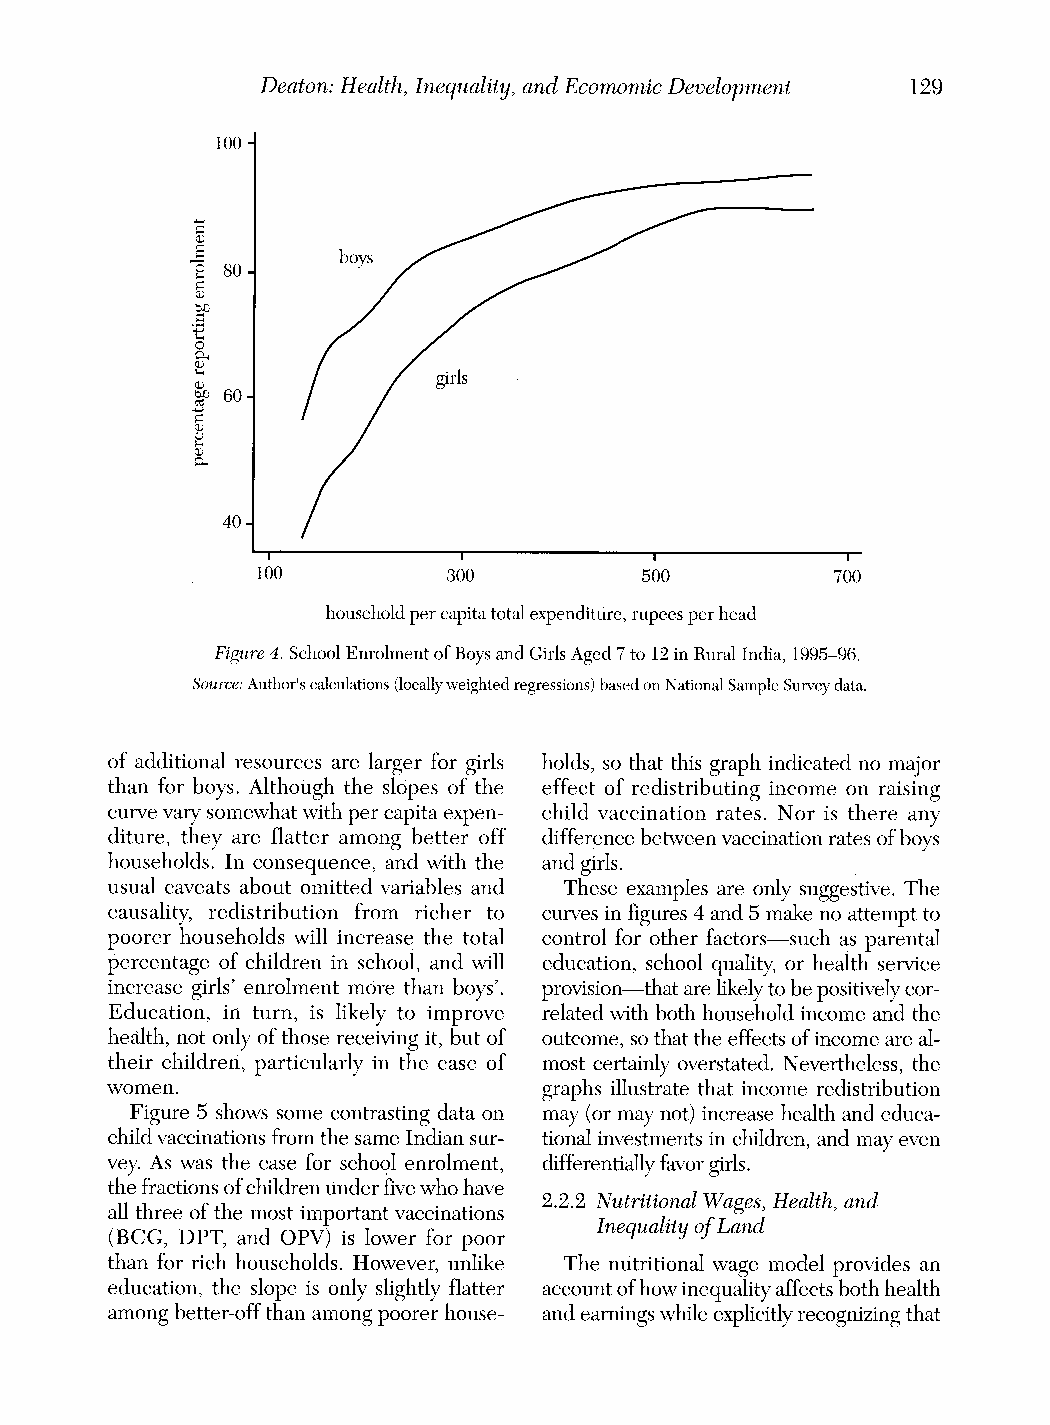
Deaton: Health, Inequality, and Ecomomic Development 129
 100 -
 s 80|   ~boys                      =
 ,c 80-
 0t6%0 - 60- / / ~~~~~girls
 40
 100          300          500         700
 household per capita total expenditure, rupees per head
 Figure 4. School Enrolment of Boys and Girls Aged 7 to 12 in Rural India, 1995-96.
 Source: Author'sc alculations( locallyw eighted regressions) based on National Sample Survey data.
 of additional resources are larger for girls holds, so that this graph indicatedn o major
 than for boys. Although the slopes of the effect of redistributing income on raising
 curve varys omewhatw ith per capitae xpen- child vaccination rates. Nor is there any
 diture, they are flatter among better off difference between vaccinationr ates of boys
 households. In consequence, and with the and girls.
 usual caveats about omitted variables and These examples are only suggestive.T he
 causality, redistribution from richer to curvesi n figures4 and 5 make no attemptt o
 poorer households will increase the total control for other factors-such as parental
 percentage of children in school, and will education, school quality,o r health service
 increase girls' enrolment more than boys'. provision-that are likelyt o be positivelyc or-
 Education, in turn, is likely to improve relatedw ith both householdi ncome and the
 health, not only of those receivingi t, but of outcome,s o that the effects of income are al-
 their children, particularly in the case of most certainlyo verstated.N evertheless,t he
 women.                       graphs illustratet hat income redistribution
 Figure 5 shows some contrastingd ata on may (or may not) increaseh ealth and educa-
 child vaccinationsf rom the same Indians ur- tionali nvestmentsi n children,a nd may even
 vey. As was the case for school enrolment, differentiallyfa vorg irls.
 the fractionso f childrenu nderf ive who have
 2.2.2 NutritionalW ages,H ealth,a nd
 all three of the most importantv accinations
 Inequalityo f Land
 (BCG, DPT, and OPV) is lower for poor
 than for rich households. However, unlike The nutritionalw age model provides an
 education, the slope is only slightly flatter accounto f how inequalitya ffectsb oth health
 among better-offt han amongp oorer house- and earningsw hile explicitlyr ecognizingt hat